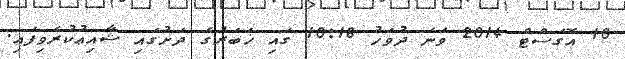
10 އޮގަސްޓް 2014 ވަނަ ދުވަހު 10:18 ގައި ޚަބަރުގެ ދަށުގައި ޝާއިޢުކުރެވިފައި.